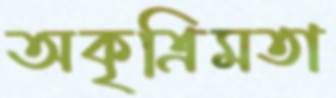
অকৃত্রিমতা